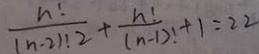
\frac { n ! } { ( n - 2 ) ! 2 } + \frac { n ! } { ( n - 1 ) ! } + 1 = 2 2